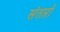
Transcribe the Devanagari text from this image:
संतप्तों